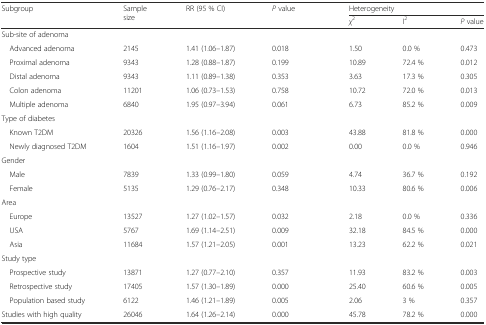
<table><thead><tr><td rowspan="2"><b>Subgroup</b></td><td rowspan="2"><b>Sample size</b></td><td rowspan="2"><b>RR (95 % CI)</b></td><td rowspan="2"><b><i>P</i> value</b></td><td colspan="3"><b>Heterogeneity</b></td></tr><tr><td><b><i>χ</i><sup>2</sup></b></td><td><b>I<sup>2</sup></b></td><td><b><i>P</i> value</b></td></tr></thead><tbody><tr><td colspan="7">Sub-site of adenoma</td></tr><tr><td> Advanced adenoma</td><td>2145</td><td>1.41 (1.06–1.87)</td><td>0.018</td><td>1.50</td><td>0.0 %</td><td>0.473</td></tr><tr><td> Proximal adenoma</td><td>9343</td><td>1.28 (0.88–1.87)</td><td>0.199</td><td>10.89</td><td>72.4 %</td><td>0.012</td></tr><tr><td> Distal adenoma</td><td>9343</td><td>1.11 (0.89–1.38)</td><td>0.353</td><td>3.63</td><td>17.3 %</td><td>0.305</td></tr><tr><td> Colon adenoma</td><td>11201</td><td>1.06 (0.73–1.53)</td><td>0.758</td><td>10.72</td><td>72.0 %</td><td>0.013</td></tr><tr><td> Multiple adenoma</td><td>6840</td><td>1.95 (0.97–3.94)</td><td>0.061</td><td>6.73</td><td>85.2 %</td><td>0.009</td></tr><tr><td colspan="7">Type of diabetes</td></tr><tr><td> Known T2DM</td><td>20326</td><td>1.56 (1.16–2.08)</td><td>0.003</td><td>43.88</td><td>81.8 %</td><td>0.000</td></tr><tr><td> Newly diagnosed T2DM</td><td>1604</td><td>1.51 (1.16–1.97)</td><td>0.002</td><td>0.00</td><td>0.0 %</td><td>0.946</td></tr><tr><td colspan="7">Gender</td></tr><tr><td> Male</td><td>7839</td><td>1.33 (0.99–1.80)</td><td>0.059</td><td>4.74</td><td>36.7 %</td><td>0.192</td></tr><tr><td> Female</td><td>5135</td><td>1.29 (0.76–2.17)</td><td>0.348</td><td>10.33</td><td>80.6 %</td><td>0.006</td></tr><tr><td colspan="7">Area</td></tr><tr><td> Europe</td><td>13527</td><td>1.27 (1.02–1.57)</td><td>0.032</td><td>2.18</td><td>0.0 %</td><td>0.336</td></tr><tr><td> USA</td><td>5767</td><td>1.69 (1.14–2.51)</td><td>0.009</td><td>32.18</td><td>84.5 %</td><td>0.000</td></tr><tr><td> Asia</td><td>11684</td><td>1.57 (1.21–2.05)</td><td>0.001</td><td>13.23</td><td>62.2 %</td><td>0.021</td></tr><tr><td colspan="7">Study type</td></tr><tr><td> Prospective study</td><td>13871</td><td>1.27 (0.77–2.10)</td><td>0.357</td><td>11.93</td><td>83.2 %</td><td>0.003</td></tr><tr><td> Retrospective study</td><td>17405</td><td>1.57 (1.30–1.89)</td><td>0.000</td><td>25.40</td><td>60.6 %</td><td>0.005</td></tr><tr><td> Population based study</td><td>6122</td><td>1.46 (1.21–1.89)</td><td>0.005</td><td>2.06</td><td>3 %</td><td>0.357</td></tr><tr><td>Studies with high quality</td><td>26046</td><td>1.64 (1.26–2.14)</td><td>0.000</td><td>45.78</td><td>78.2 %</td><td>0.000</td></tr></tbody></table>